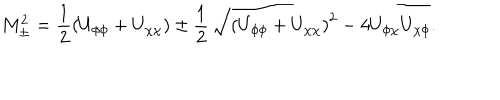
LaTeX: M _ { \pm } ^ { 2 } = \frac { 1 } { 2 } \left( U _ { \phi \phi } + U _ { \chi \chi } \right) \pm \frac { 1 } { 2 } \, \sqrt { \left( U _ { \phi \phi } + U _ { \chi \chi } \right) ^ { 2 } - 4 U _ { \phi \chi } U _ { \chi \phi } } .